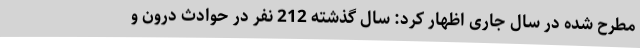
مطرح شده در سال جاری اظهار کرد: سال گذشته 212 نفر در حوادث درون و